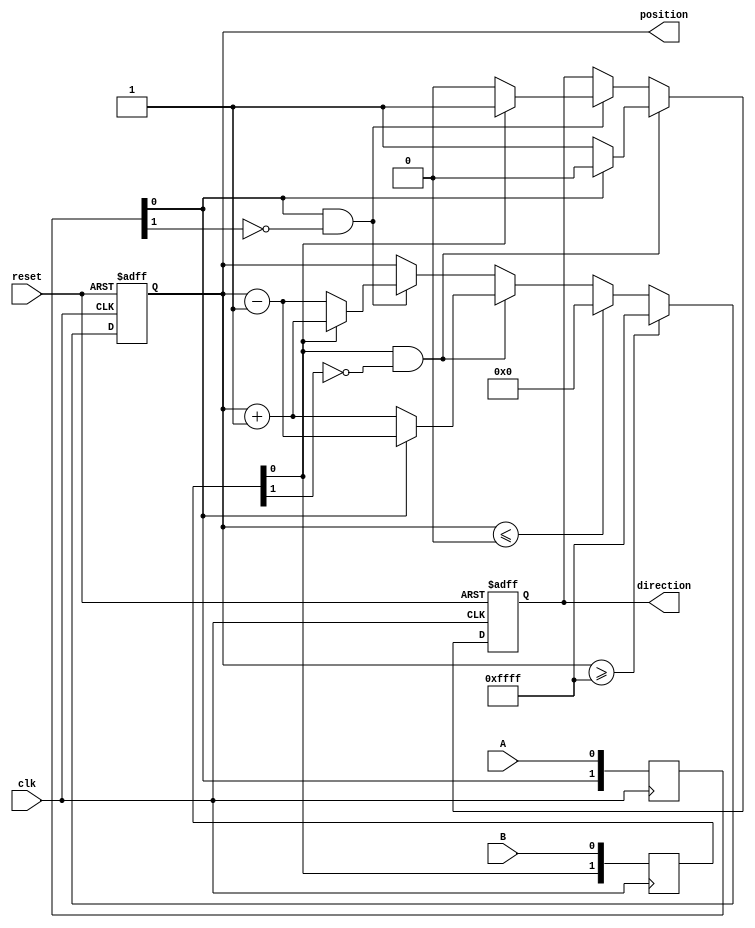
module rotary_encoder (
    input wire clk,        // Clock signal
    input wire reset,      // Reset signal
    input wire A,         // Signal A from the rotary encoder
    input wire B,         // Signal B from the rotary encoder
    output reg [15:0] position, // 16-bit position count
    output reg direction   // Direction: 1 for clockwise, 0 for counterclockwise
);

    // State variables
    reg A_prev, B_prev;   // Previous states of A and B

    // Debouncing logic (simple version, can be enhanced)
    reg [1:0] A_sync, B_sync; // Synchronization registers
    always @(posedge clk) begin
        A_sync <= {A_sync[0], A}; // Shift in current A state
        B_sync <= {B_sync[0], B}; // Shift in current B state
    end

    // Edge detection and position counting
    always @(posedge clk or posedge reset) begin
        if (reset) begin
            position <= 16'b0; // Reset position to 0
            direction <= 1'b0; // Default direction
            A_prev <= 1'b0;    // Initialize previous states
            B_prev <= 1'b0;
        end else begin
            // Detect rising edges
            if (A_sync[0] && !A_sync[1]) begin // A rising edge
                if (B_sync[0]) begin
                    position <= position + 1; // Clockwise
                    direction <= 1'b1; // Clockwise
                end else begin
                    position <= position - 1; // Counterclockwise
                    direction <= 1'b0; // Counterclockwise
                end
            end
            
            if (B_sync[0] && !B_sync[1]) begin // B rising edge
                if (A_sync[0]) begin
                    position <= position - 1; // Counterclockwise
                    direction <= 1'b0; // Counterclockwise
                end else begin
                    position <= position + 1; // Clockwise
                    direction <= 1'b1; // Clockwise
                end
            end
            
            // Optional: Handle wrap-around for position
            if (position >= 16'hFFFF) begin
                position <= 16'hFFFF; // Max count
            end else if (position <= 16'h0000) begin
                position <= 16'h0000; // Min count
            end
        end
    end
endmodule